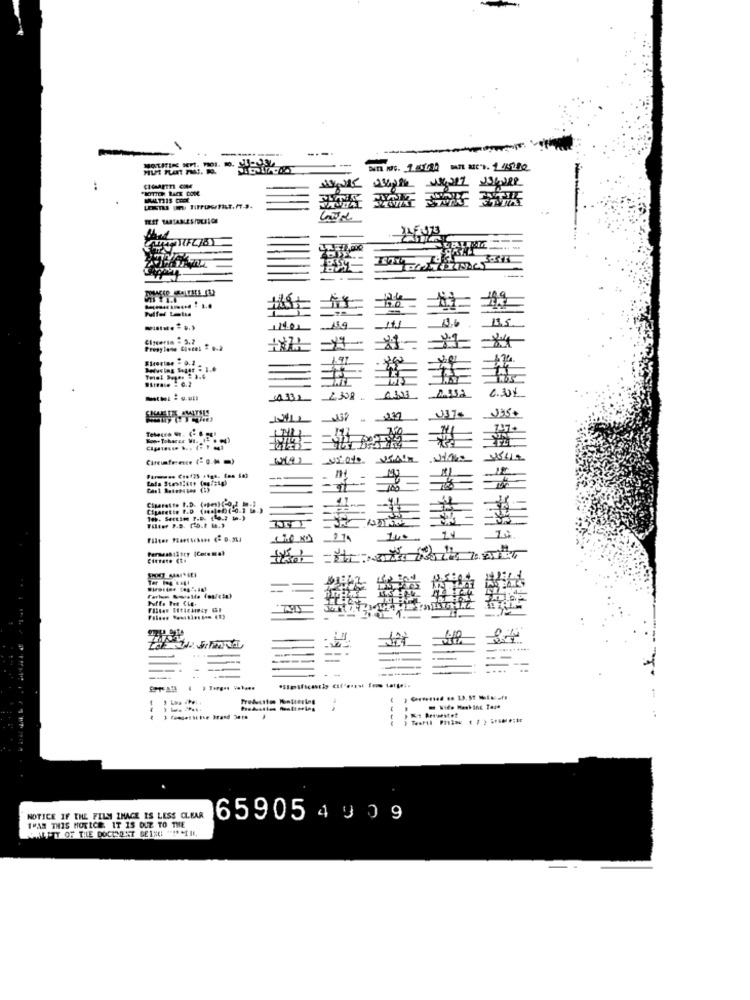
-
22F.073
IIN.
2.358
037- J35.
Kon- Tobares WI ..
---
Cigarette P.D (sos).b)(-0.3 5.)
2 14
Tar ... ..
..........
...
() Turges V .....
8
1
THAN THIS HOTICE. IT IS DUE TO THE
NOTICE IF THE FILM IMAGE IS LESS CLEAR
659054909
SANFT OF THE DOCHSONT GE1% **** III,